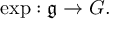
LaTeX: \exp : { \mathfrak { g } } \to G .